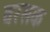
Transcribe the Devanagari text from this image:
वरसक